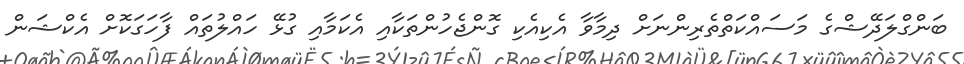
ބަންގްލަދޭޝްގެ މަސައްކަތްތެރިންނަށް ދިމާވާ އެކިއެކި ގޮންޖެހުންތަކާއި އެކަމާއި ގުޅޭ ހައްލުތައް ފާހަގަކޮށް އެކްޝަން